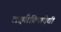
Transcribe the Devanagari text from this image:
लक्ष्मीप्रियादेवी